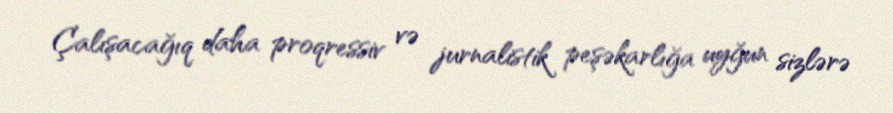
Çalışacağıq daha proqressiv və jurnalistik peşəkarlığa uyğun sizlərə